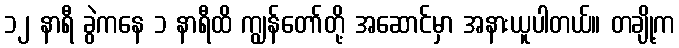
၁၂ နာရီ ခွဲကနေ ၁ နာရီထိ ကျွန်တော်တို့ အဆောင်မှာ အနားယူပါတယ်။ တချို့က